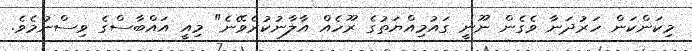
މިކަންކަން ހަރުދަނާ ވެގެން ނޫނީ ގައުމިއްޔަތުގެ ރޫހެއް އާލާނުކުރެވޭނެ" މިއީ އައްބާސްގެ ވިސްނުމެވެ.